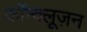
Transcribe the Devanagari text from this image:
कॉन्क्लूज़न